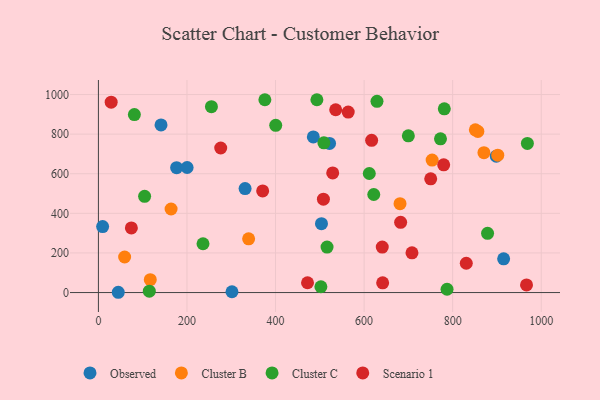
{"axis": {"x": "Ad Spend", "y": "Demand"}, "legend": ["Cluster B", "Cluster C", "Observed", "Scenario 1"], "data": [{"x": "915.1", "y": 170.3, "type": "Observed"}, {"x": "503.7", "y": 347.9, "type": "Observed"}, {"x": "44.8", "y": 1.4, "type": "Observed"}, {"x": "898.5", "y": 688.8, "type": "Observed"}, {"x": "485.3", "y": 786.1, "type": "Observed"}, {"x": "331.2", "y": 524.8, "type": "Observed"}, {"x": "176.6", "y": 630.7, "type": "Observed"}, {"x": "521.9", "y": 752.9, "type": "Observed"}, {"x": "141.4", "y": 846.5, "type": "Observed"}, {"x": "301.6", "y": 4.1, "type": "Observed"}, {"x": "9.5", "y": 333.0, "type": "Observed"}, {"x": "200.3", "y": 631.5, "type": "Observed"}, {"x": "339.2", "y": 271.4, "type": "Cluster B"}, {"x": "856.9", "y": 813.5, "type": "Cluster B"}, {"x": "164.1", "y": 421.9, "type": "Cluster B"}, {"x": "870.6", "y": 706.2, "type": "Cluster B"}, {"x": "753.6", "y": 669.2, "type": "Cluster B"}, {"x": "117.1", "y": 64.9, "type": "Cluster B"}, {"x": "681.1", "y": 449.0, "type": "Cluster B"}, {"x": "901.8", "y": 693.7, "type": "Cluster B"}, {"x": "59.2", "y": 179.4, "type": "Cluster B"}, {"x": "851.2", "y": 821.6, "type": "Cluster B"}, {"x": "509.2", "y": 756.3, "type": "Cluster C"}, {"x": "621.8", "y": 495.2, "type": "Cluster C"}, {"x": "255.2", "y": 938.8, "type": "Cluster C"}, {"x": "375.9", "y": 973.7, "type": "Cluster C"}, {"x": "629.1", "y": 965.5, "type": "Cluster C"}, {"x": "781.1", "y": 928.0, "type": "Cluster C"}, {"x": "493.4", "y": 973.5, "type": "Cluster C"}, {"x": "104.3", "y": 486.0, "type": "Cluster C"}, {"x": "699.9", "y": 791.5, "type": "Cluster C"}, {"x": "787.3", "y": 16.7, "type": "Cluster C"}, {"x": "400.4", "y": 844.5, "type": "Cluster C"}, {"x": "611.7", "y": 601.2, "type": "Cluster C"}, {"x": "878.8", "y": 299.0, "type": "Cluster C"}, {"x": "968.7", "y": 752.8, "type": "Cluster C"}, {"x": "772.5", "y": 776.5, "type": "Cluster C"}, {"x": "236.2", "y": 246.5, "type": "Cluster C"}, {"x": "516.3", "y": 229.7, "type": "Cluster C"}, {"x": "81.2", "y": 898.5, "type": "Cluster C"}, {"x": "114.9", "y": 6.9, "type": "Cluster C"}, {"x": "502.4", "y": 29.2, "type": "Cluster C"}, {"x": "535.8", "y": 923.1, "type": "Scenario 1"}, {"x": "28.8", "y": 961.2, "type": "Scenario 1"}, {"x": "74.4", "y": 326.4, "type": "Scenario 1"}, {"x": "641.0", "y": 229.6, "type": "Scenario 1"}, {"x": "682.5", "y": 354.6, "type": "Scenario 1"}, {"x": "779.7", "y": 644.8, "type": "Scenario 1"}, {"x": "708.1", "y": 200.4, "type": "Scenario 1"}, {"x": "617.0", "y": 768.7, "type": "Scenario 1"}, {"x": "966.8", "y": 38.3, "type": "Scenario 1"}, {"x": "370.9", "y": 513.0, "type": "Scenario 1"}, {"x": "830.7", "y": 148.0, "type": "Scenario 1"}, {"x": "564.1", "y": 911.4, "type": "Scenario 1"}, {"x": "508.1", "y": 471.6, "type": "Scenario 1"}, {"x": "276.2", "y": 729.9, "type": "Scenario 1"}, {"x": "472.2", "y": 49.4, "type": "Scenario 1"}, {"x": "529.1", "y": 604.0, "type": "Scenario 1"}, {"x": "641.9", "y": 49.2, "type": "Scenario 1"}, {"x": "750.4", "y": 574.2, "type": "Scenario 1"}]}